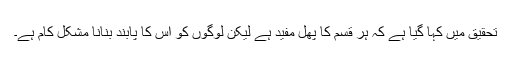
تحقیق میں کہا گیا ہے کہ ہر قسم کا پھل مفید ہے لیکن لوگوں کو اس کا پابند بنانا مشکل کام ہے۔